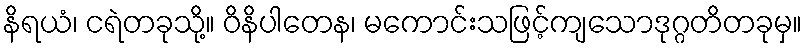
နိရယံ၊ ငရဲတခုသို့။ ဝိနိပါတေန၊ မကောင်းသဖြင့်ကျသောဒုဂ္ဂတိတခုမှ။